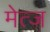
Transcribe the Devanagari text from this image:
मेत्ज